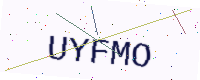
Text: UYFMO